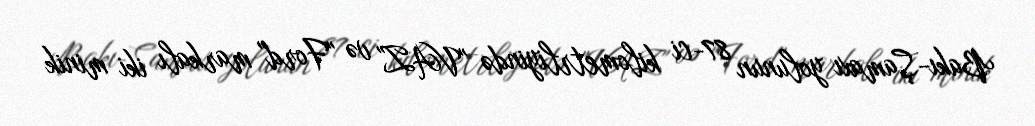
Bakı-Şamaxı yolunun 87-ci kilometrliyində "VAZ" və "Ford" markalı iki minik